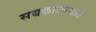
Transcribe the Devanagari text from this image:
सद्यकाळामध्ये